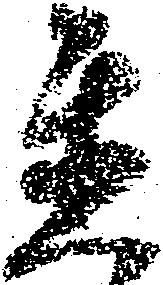
置